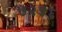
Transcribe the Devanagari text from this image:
७२५६